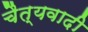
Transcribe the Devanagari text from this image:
चैत्यवादी